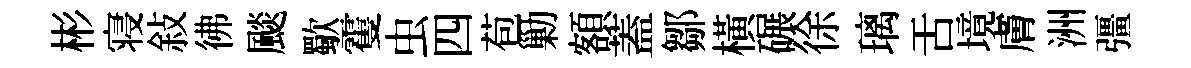
彬寝敍彿颷歜䨥虫四苞勦額蓋鄒橫碾徐璃舌境膚洲彊